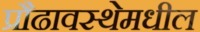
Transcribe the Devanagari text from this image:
प्रौढावस्थेमधील